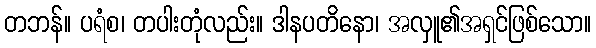
တဘန်။ ပရံစ၊ တပါးတုံလည်း။ ဒါနပတိနော၊ အလှူ၏အရှင်ဖြစ်သော။